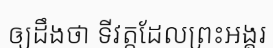
ឲ្យដឹងថា ទីវត្តដែលព្រះអង្គរ